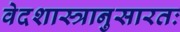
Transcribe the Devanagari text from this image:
वेदशास्त्रानुसारतः